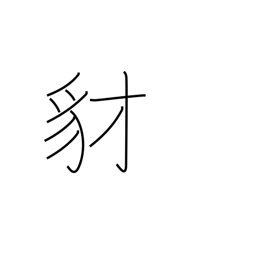
Meaning: jackal